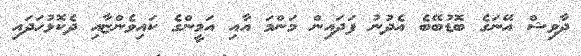
ދާވިޝް އޭނަގެ ބޮޑުބޭބެ އެދުނު ފަދައިން މަންމަ އާއި އަމީންގެ ކައިވެންޏާއި ދެކޮޅުހަދައި